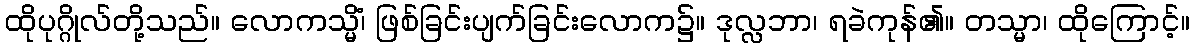
ထိုပုဂ္ဂိုလ်တို့သည်။ လောကသ္မိံ၊ ဖြစ်ခြင်းပျက်ခြင်းလောက၌။ ဒုလ္လဘာ၊ ရခဲကုန်၏။ တသ္မာ၊ ထိုကြောင့်။